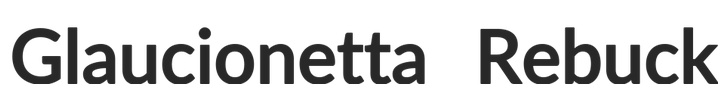
Glaucionetta Rebuck